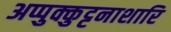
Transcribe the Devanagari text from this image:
अप्पुक्कुट्टनाशारि